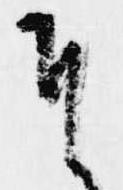
そ